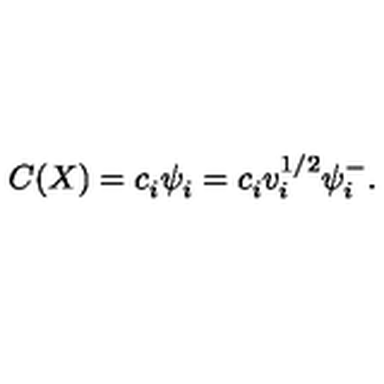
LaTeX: C ( X ) = c _ { i } ^ { } \psi _ { i } ^ { } = c _ { i } ^ { } v _ { i } ^ { 1 / 2 } \psi _ { i } ^ { - } .